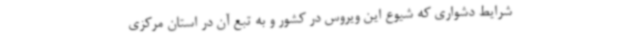
شرایط دشواری که شیوع این ویروس در کشور و به تبع آن در استان مرکزی